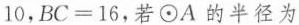
10$$，$$B C = 1 6$$，若\odot A的半径为